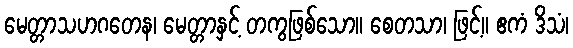
မေတ္တာသဟဂတေန၊ မေတ္တာနှင့် တကွဖြစ်သော။ စေတသာ၊ ဖြင့်။ ဧကံ ဒိသံ၊